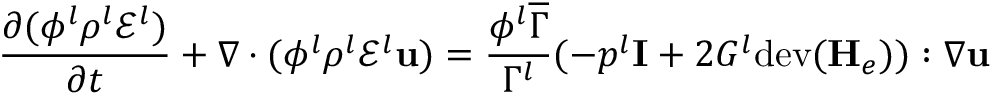
\frac { \partial ( \phi ^ { l } \rho ^ { l } \mathscr { E } ^ { l } ) } { \partial t } + \nabla \cdot ( \phi ^ { l } \rho ^ { l } \mathscr { E } ^ { l } \mathbf { u } ) = \frac { \phi ^ { l } \overline { { \Gamma } } } { \Gamma ^ { l } } ( - p ^ { l } \mathbf { I } + 2 G ^ { l } \mathrm { d e v } ( \mathbf { H } _ { e } ) ) : \nabla \mathbf { u }